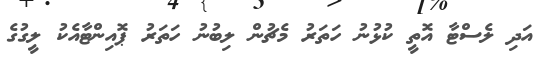
އަދި ލެސްޓާ އޮތީ ކުޅުނު ހަތަރު މެޗުން ލިބުނު ހަތަރު ޕޮއިންޓާއެކު ލީގުގެ